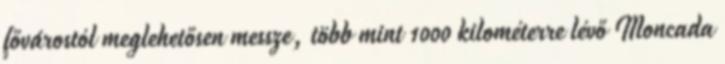
fővárostól meglehetősen messze, több mint 1000 kilométerre lévő Moncada